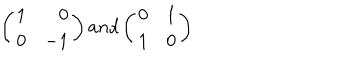
\left( \begin{array} { l r } { { 1 } } & { { 0 } } \\ { { 0 } } & { { - 1 } } \\ \end{array} \right) a n d \left( \begin{array} { l r } { { 0 } } & { { 1 } } \\ { { 1 } } & { { 0 } } \\ \end{array} \right)